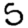
Digit: 5